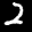
Label: 2